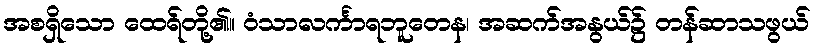
အစရှိသော ထေရ်တို့၏။ ဝံသာလင်္ကာရဘူတေန၊ အဆက်အနွယ်၌ တန်ဆာသဖွယ်